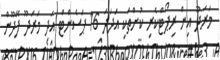
މަރަދޫ އިން ރިޕޯޓްކެރި ކުށްތަކި އަދަދަ 16 ޕަސެންޓް އަދި މަރަދޫ ފޭދޫން